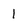
Character: 1